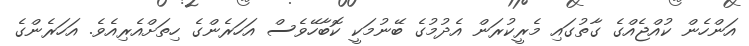
އަންހެން ކުއްޖެއްގެ ގާތުގައި މެރީކުރަން އެދުމުގެ ބޭނުމަކީ ކޮބާހޭވެސް އަހަރެންގެ ހިތަށްއެރިއެވެ. އަހަރެންގެ